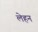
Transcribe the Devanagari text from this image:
लेहन